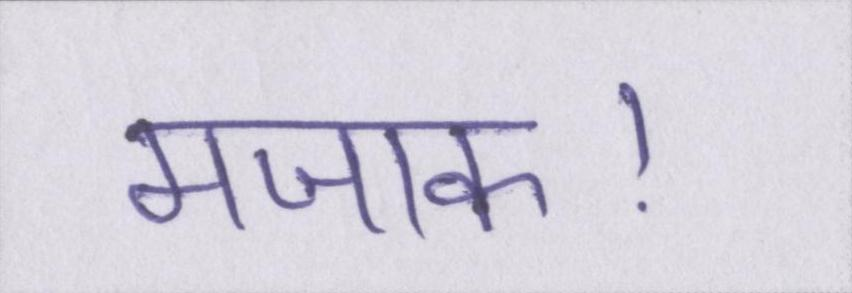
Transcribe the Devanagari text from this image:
मजाक।